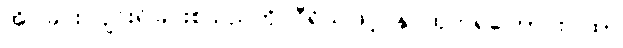
အိပ်ခြင်း ပျင်းရိခြင်းစသည်ကို ဝီရိယဖြင့် နှင်ထုတ်ရကြောင်းဂါထာ